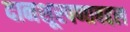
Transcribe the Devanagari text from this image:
दानशूरपणाबद्दल